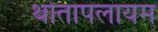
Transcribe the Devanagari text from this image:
थोतापलायम